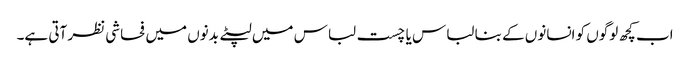
اب کچھ لوگوں کو انسانوں کے بنا لباس یا چست لباس میں لپٹے بدنوں میں فحاشی نظر آتی ہے۔